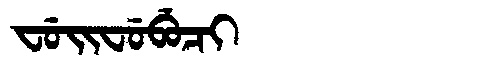
Manchu: ᠸᡠᡳᠸᡠᠪᡠᠴᡳ
Romanization: FUIFUBUCI